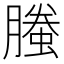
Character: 螣